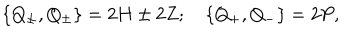
\left\{ Q _ { \pm } , Q _ { \pm } \right\} = 2 H \pm 2 Z ; \quad \left\{ Q _ { + } , Q _ { - } \right\} = 2 P ,